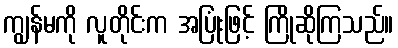
ကျွန်မကို လူတိုင်းက အပြုံးဖြင့် ကြိုဆိုကြသည်။